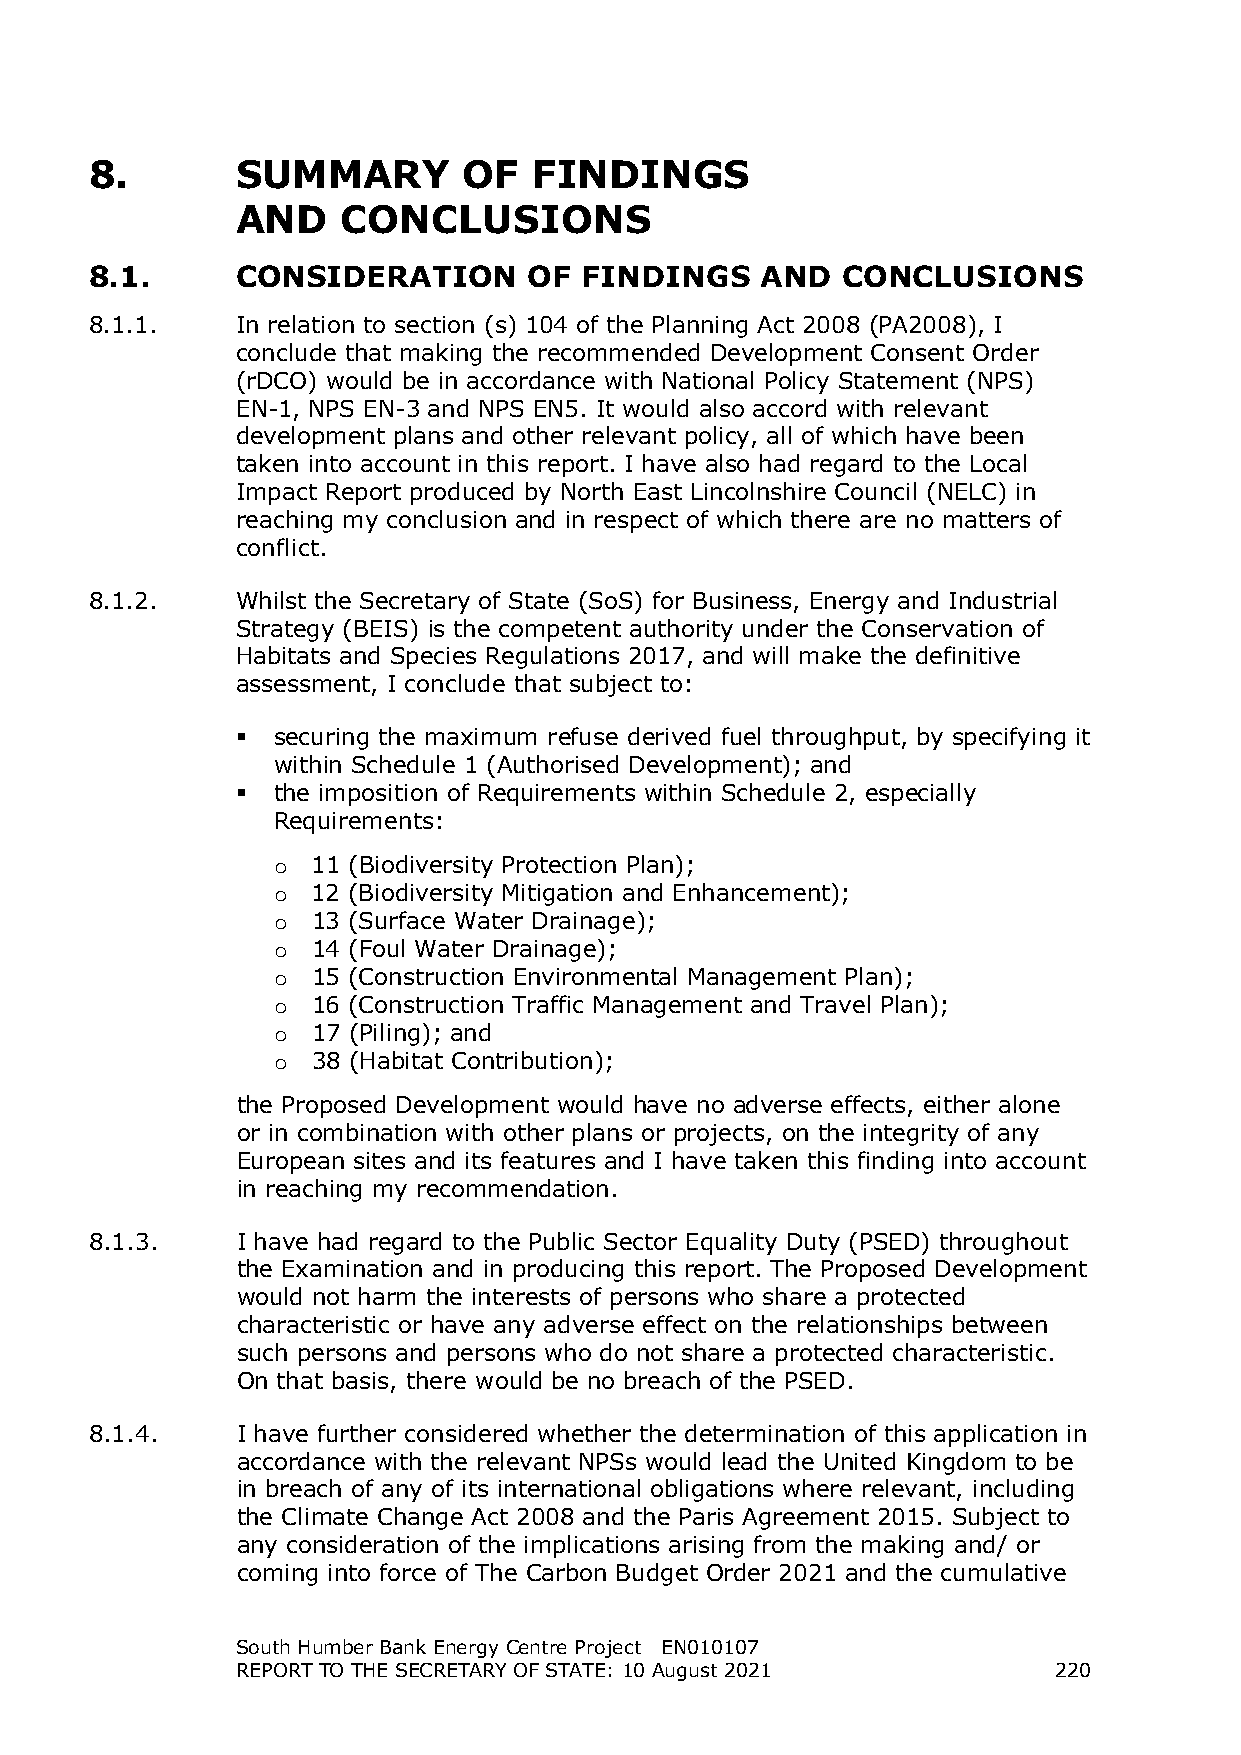
8.        SUMMARY        OF  FINDINGS
 AND    CONCLUSIONS
 8.1.      CONSIDERATION      OF  FINDINGS   AND   CONCLUSIONS
 8.1.1.    In relation to section (s) 104 of the Planning Act 2008 (PA2008), I
 conclude that making the recommended Development Consent Order
 (rDCO) would be in accordance with National Policy Statement (NPS)
 EN-1, NPS EN-3 and NPS EN5. It would also accord with relevant
 development plans and other relevant policy, all of which have been
 taken into account in this report. I have also had regard to the Local
 Impact Report produced by North East Lincolnshire Council (NELC) in
 reaching my conclusion and in respect of which there are no matters of
 conflict.
 8.1.2.    Whilst the Secretary of State (SoS) for Business, Energy and Industrial
 Strategy (BEIS) is the competent authority under the Conservation of
 Habitats and Species Regulations 2017, and will make the definitive
 assessment, I conclude that subject to:
  securing the maximum refuse derived fuel throughput, by specifying it
 within Schedule 1 (Authorised Development); and
  the imposition of Requirements within Schedule 2, especially
 Requirements:
 11 (Biodiversity Protection Plan);
 о
 12 (Biodiversity Mitigation and Enhancement);
 о
 13 (Surface Water Drainage);
 о
 14 (Foul Water Drainage);
 о
 15 (Construction Environmental Management Plan);
 о
 16 (Construction Traffic Management and Travel Plan);
 о
 17 (Piling); and
 о
 38 (Habitat Contribution);
 о
 the Proposed Development would have no adverse effects, either alone
 or in combination with other plans or projects, on the integrity of any
 European sites and its features and I have taken this finding into account
 in reaching my recommendation.
 8.1.3.    I have had regard to the Public Sector Equality Duty (PSED) throughout
 the Examination and in producing this report. The Proposed Development
 would not harm the interests of persons who share a protected
 characteristic or have any adverse effect on the relationships between
 such persons and persons who do not share a protected characteristic.
 On that basis, there would be no breach of the PSED.
 8.1.4.    I have further considered whether the determination of this application in
 accordance with the relevant NPSs would lead the United Kingdom to be
 in breach of any of its international obligations where relevant, including
 the Climate Change Act 2008 and the Paris Agreement 2015. Subject to
 any consideration of the implications arising from the making and/ or
 coming into force of The Carbon Budget Order 2021 and the cumulative
 South Humber Bank Energy Centre Project EN010107
 REPORT TO THE SECRETARY OF STATE: 10 August 2021      220